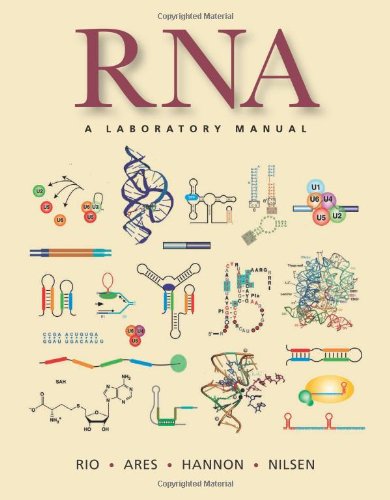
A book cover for RNA: A Laboratory Manual; Donald C. Rio; Medical Books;